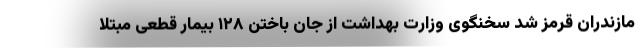
مازندران قرمز شد سخنگوی وزارت بهداشت از جان باختن ۱۲۸ بیمار قطعی مبتلا